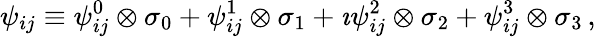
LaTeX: \psi_{ij}\equiv\psi_{ij}^{0}\otimes\sigma_{0}+\psi_{ij}^{1}\otimes\sigma_{1}+\imath\psi_{ij}^{2}\otimes\sigma_{2}+\psi_{ij}^{3}\otimes\sigma_{3}\, ,